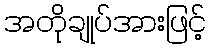
အတိုချုပ်အားဖြင့်